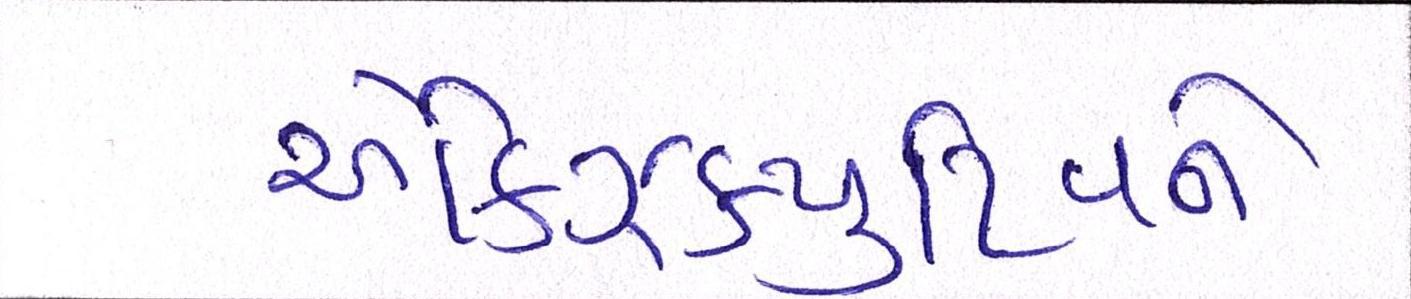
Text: એક્ઝિક્યુટિવને